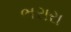
ભરારા